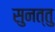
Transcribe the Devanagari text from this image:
सुनत्तु